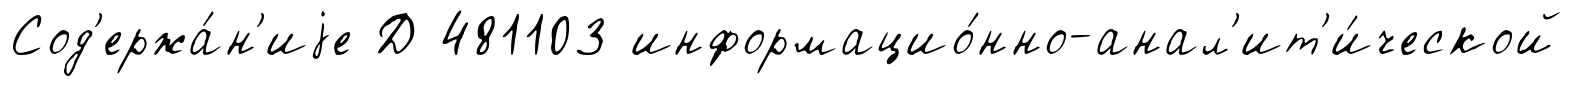
Сод'ержа́н'иjе Д 481103 информацио́нно-анал'ит'и́ческой